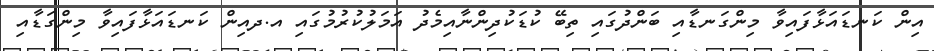
އިން ކަނޑައަޅާފައިވާ މިންގަނޑާއި ބަންދުގައި ތިބޭ ކުޑަކުދިންނާއިމެދު އަމަލުކުރުމުގައި އ.ދއިން ކަނޑައަޅާފައިވާ މިންގަޑާއި